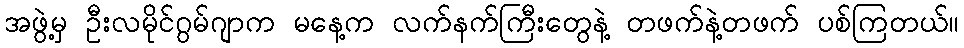
အဖွဲ့မှ ဦးလမိုင်ဂွမ်ဂျာက မနေ့က လက်နက်ကြီးတွေနဲ့ တဖက်နဲ့တဖက် ပစ်ကြတယ်။